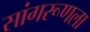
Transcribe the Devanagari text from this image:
सांगरूणला